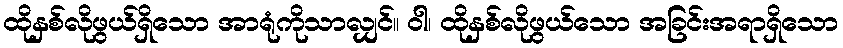
ထိုနှစ်လိုဖွယ်ရှိသော အာရုံကိုသာလျှင်။ ဝါ၊ ထိုနှစ်လိုဖွယ်သော အခြင်းအရာရှိသော